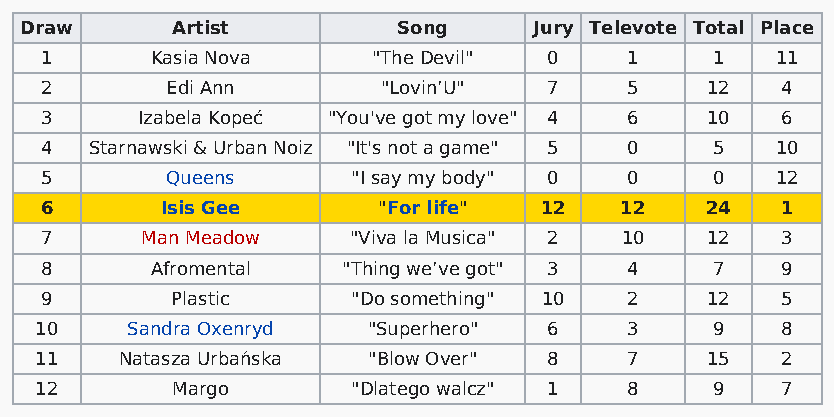
Draw      Artist         Song     Jury Televote Total Place
 1      Kasia Nova     "The Devil" 0   1     1   11
 2       Edi Ann       "Lovin’U"  7    5     12   4
 3     Izabela Kopeć "You've got my love" 4 6 10  6
 4  Starnawski & Urban Noiz "It's not a game" 5 0 5 10
 5       Queens      "I say my body" 0 0     0   12
 6       Isis Gee      "For life" 12   12    24   1
 7     Man Meadow    "Viva la Musica" 2 10   12   3
 8      Afromental   "Thing we’ve got" 3 4   7    9
 9       Plastic     "Do something" 10 2     12   5
 10    Sandra Oxenryd  "Superhero" 6    3     9    8
 11    Natasza Urbańska "Blow Over" 8   7     15   2
 12       Margo       "Dlatego walcz" 1 8     9    7